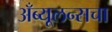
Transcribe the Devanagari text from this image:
अँब्यूलन्सचा